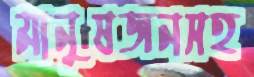
মানুষজনসহ